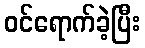
ဝင်ရောက်ခဲ့ပြီး